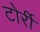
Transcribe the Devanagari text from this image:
टोर्री